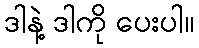
ဒါနဲ့ ဒါကို ပေးပါ။